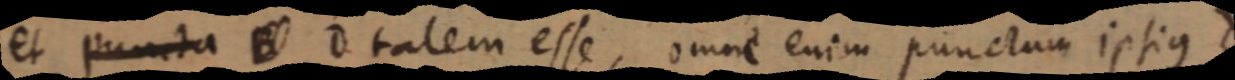
et puncta B D talem esse, omne enim punctum ipsius d